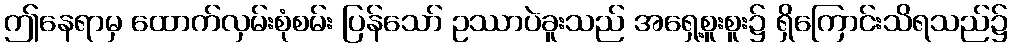
ဤနေရာမှ ထောက်လှမ်းစုံစမ်း ပြန်သော် ဥဿာပဲခူးသည် အရှေ့စူးစူး၌ ရှိကြောင်းသိရသည်၌